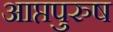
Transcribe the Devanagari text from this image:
आप्तपुरुष